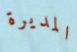
المديرة